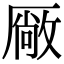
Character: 厰